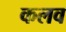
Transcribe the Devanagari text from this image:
कलव